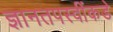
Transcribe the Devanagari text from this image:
ज्ञानतपस्वींकडे